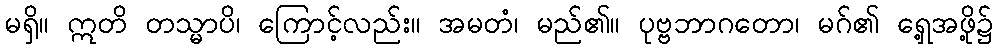
မရှိ။ ဣတိ တသ္မာပိ၊ ကြောင့်လည်း။ အမတံ၊ မည်၏။ ပုဗ္ဗဘာဂတော၊ မဂ်၏ ရှေ့အဖို့၌